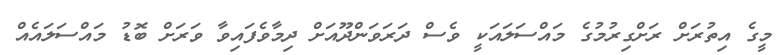
މީގެ އިތުރަށް ރަށްގިރުމުގެ މައްސަލައަކީ ވެސް ދަރަވަންދޫއަށް ދިމާވެފައިވާ ވަރަށް ބޮޑު މައްސަލައެއް